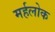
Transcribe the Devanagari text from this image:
मर्हलोक